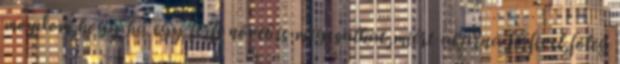
mondom,hogy ha egy férfi nővel is megcsalhat,miért akarná férfivel,főleg